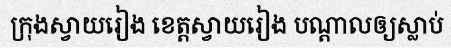
ក្រុងស្វាយរៀង ខេត្តស្វាយរៀង បណ្តាលឲ្យស្លាប់